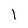
Character: 1